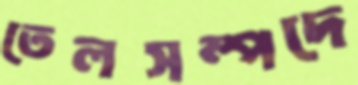
তেলসম্পদে